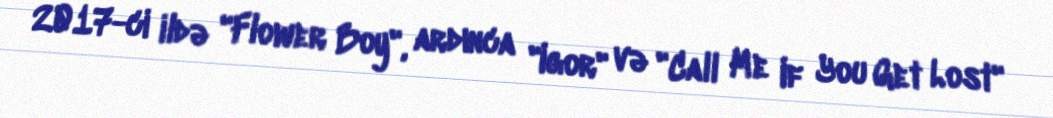
2017-ci ildə "Flower Boy", ardınca "Igor" və "Call Me If You Get Lost"